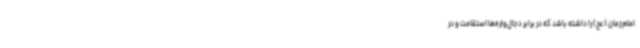
امام زمان (عج) را داشته باشد که در برابر دجال‌واره‌ها استقامت و در